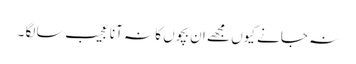
نہ جانے کیوں مجھے ان بچوں کا نہ آنا عجیب سا لگا ۔